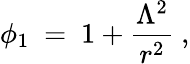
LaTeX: \phi_{1}\ =\ 1+\frac{\Lambda^{2}}{r^{2}}\ ,